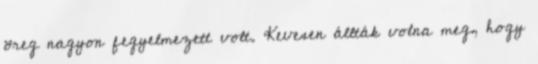
öreg nagyon fegyelmezett volt. Kevesen állták volna meg, hogy